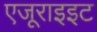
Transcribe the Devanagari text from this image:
एजूराइइट